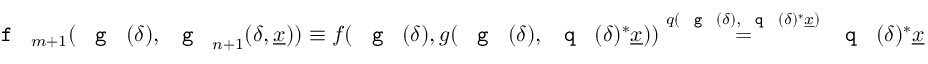
\textnormal { \texttt { f } } _ { m + 1 } ( \textnormal { \texttt { g } } ( \delta ) , \textnormal { \texttt { g } } _ { n + 1 } ( \delta , \underline { { x } } ) ) \equiv f ( \textnormal { \texttt { g } } ( \delta ) , g ( \textnormal { \texttt { g } } ( \delta ) , \textnormal { \texttt { q } } ( \delta ) ^ { * } \underline { { x } } ) ) \overset { q ( \textnormal { \texttt { g } } ( \delta ) , \textnormal { \texttt { q } } ( \delta ) ^ { * } \underline { { x } } ) } { = } \textnormal { \texttt { q } } ( \delta ) ^ { * } \underline { { x } }